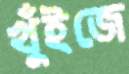
খুঁইজে